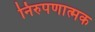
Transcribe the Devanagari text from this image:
निरुपणात्मक